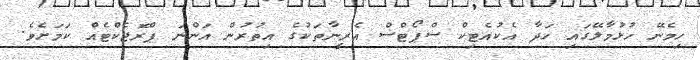
ހިމެނޭ ހުޅުމާލޭގައި ހަދާ އެކުއެޓިކް ސްޕޯޓްސް އެރީނާތަކުގެ އިތުރުން އަންނަ ޕްރޮޖެކްޓެއް ކަމަށެވެ.